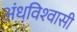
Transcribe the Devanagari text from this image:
अंधविश्‍वासी